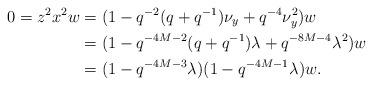
LaTeX: \begin{align*}0 = z^2x^2 w &= (1-q^{-2}(q+q^{-1})\nu_y + q^{-4}\nu_y^2) w\\ &= (1-q^{-4M-2}(q+q^{-1})\lambda + q^{-8M-4}\lambda^2) w\\ &= (1 - q^{-4M-3}\lambda)(1-q^{-4M-1}\lambda) w.\end{align*}